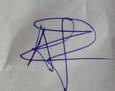
Signature authenticity: genuine